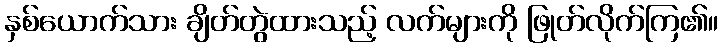
နှစ်ယောက်သား ချိတ်တွဲထားသည့် လက်များကို ဖြုတ်လိုက်ကြ၏။